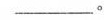
___。